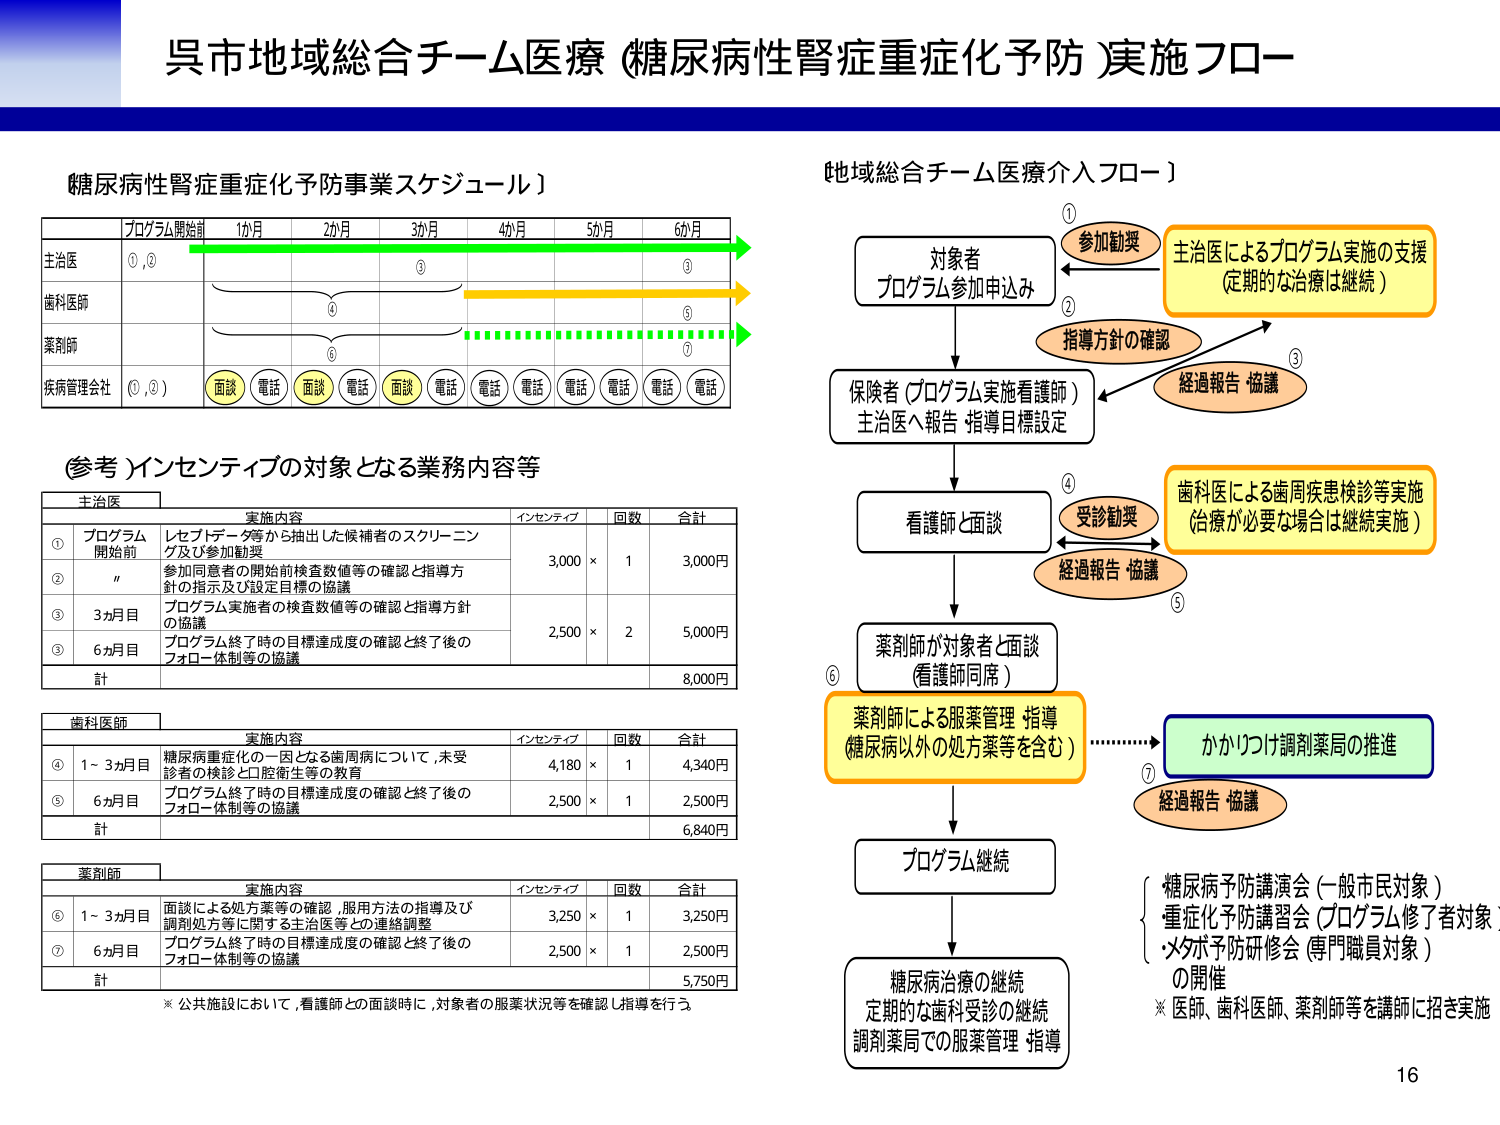
呉市地域総合チーム医療（糖尿病性腎症重症化予防）実施フロー

糖尿病性腎症重症化予防事業スケジュール）

プログラム開始前 1か月 2か月 3か月 4か月 5か月 6か月

主治医 ①,② ③ ③
歯科医師 ④ ⑤
薬剤師 ⑥ ⑦
疾病管理会社 ①,②,③ 面談 電話 面談 電話 面談 電話 電話 電話 電話 電話 電話 電話

（参考）インセンティブの対象となる業務内容等

主治医
実施内容 インセンティブ 回数 合計
① プログラム開始前 レセプトデータ等から抽出した候補者のスクリーニング及び参加勧奨 3,000 × 1 3,000円
② 〃 参加同意者の開始前検査数値等の確認と指導方針の指示及び設定目標の協議
③ 3か月目 プログラム実施者の検査数値等の確認と指導方針の協議 2,500 × 2 5,000円
③ 6か月目 プログラム終了時の目標達成度の確認と終了後のフォロー体制等の協議
計 8,000円

歯科医師
実施内容 インセンティブ 回数 合計
④ 1～3か月目 糖尿病重症化の一因となる歯周病について、未受診者の検診と口腔衛生等の教育 4,180 × 1 4,340円
⑤ 6か月目 プログラム終了時の目標達成度の確認と終了後のフォロー体制等の協議 2,500 × 1 2,500円
計 6,840円

薬剤師
実施内容 インセンティブ 回数 合計
⑥ 1～3か月目 面談による処方薬等の確認、服用方法の指導及び調剤処方等に関する主治医等との連絡調整 3,250 × 1 3,250円
⑦ 6か月目 プログラム終了時の目標達成度の確認と終了後のフォロー体制等の協議 2,500 × 1 2,500円
計 5,750円

※ 公共施設において、看護師との面談時に、対象者の服薬状況等を確認し指導を行う。

地域総合チーム医療介入フロー）

① 参加勧奨
対象者
プログラム参加申込み
② 指導方針の確認
③ 経過報告・協議
主冶医によるプログラム実施の支援
（定期的な治療は継続）

保険者（プログラム実施看護師）
主治医へ報告・指導目標設定

④ 受診勧奨
看護師と面談
⑤ 経過報告・協議
歯科医による歯周疾患検診等実施
（治療が必要な場合は継続実施）

⑥ 薬剤師が対象者と面談
（看護師同席）
薬剤師による服薬管理・指導
（糖尿病以外の処方薬等を含む）
かかりつけ調剤薬局の推進
⑦ 経過報告・協議

プログラム継続

糖尿病治療の継続
定期的な歯科受診の継続
調剤薬局での服薬管理・指導

糖尿病予防講演会（一般市民対象）
重症化予防講習会（プログラム修了者対象）
メタボ予防研修会（専門職員対象）
の開催
※ 医師、歯科医師、薬剤師等を講師に招き実施

16